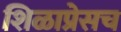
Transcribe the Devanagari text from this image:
शिळाप्रेसच